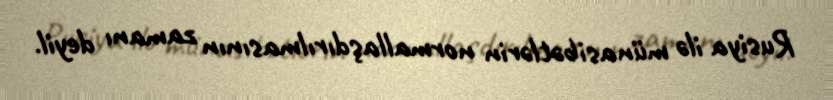
Rusiya ilə münasibətlərin normallaşdırılmasının zamanı deyil.